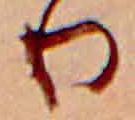
り